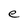
Character: e